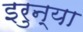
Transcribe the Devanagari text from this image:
इरुन्या